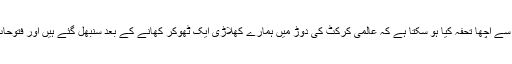
اس عید پر قوم کے لیے اس سے اچھا تحفہ کیا ہو سکتا ہے کہ عالمی کرکٹ کی دوڑ میں ہمارے کھلاڑی ایک ٹھوکر کھانے کے بعد سنبھل گئے ہیں اور فتوحات کا دروازہ کھول گئے ہیں۔